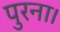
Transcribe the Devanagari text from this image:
पुरना।